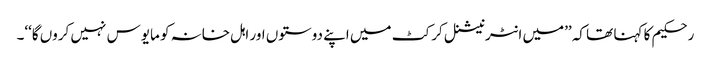
رحکیم کا کہنا تھا کہ ’’میں انٹرنیشنل کرکٹ میں اپنے دوستوں اور اہل خانہ کو مایوس نہیں کروں گا‘‘۔